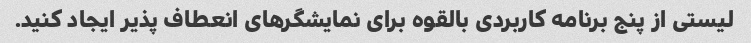
لیستی از پنج برنامه کاربردی بالقوه برای نمایشگرهای انعطاف پذیر ایجاد کنید.